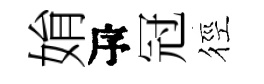
姢瓴冠徑